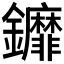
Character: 𨰞